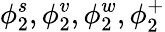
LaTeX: \phi_{2}^{s},\phi_{2}^{v},\phi_{2}^{w},\phi_{2}^{+}